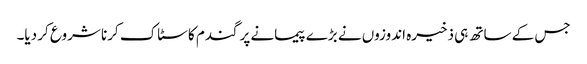
جس کے ساتھ ہی ذخیرہ اندوزوں نے بڑے پیمانے پر گندم کا سٹاک کرنا شروع کر دیا۔